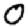
Digit: 0